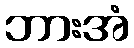
ဘားအံ